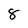
Character: 8